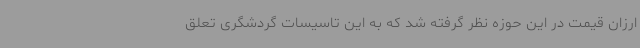
ارزان قیمت در این حوزه نظر گرفته شد که به این تاسیسات گردشگری تعلق